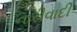
નારીવાદી